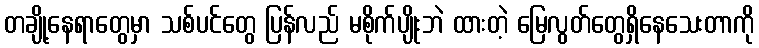
တချို့နေရာတွေမှာ သစ်ပင်တွေ ပြန်လည် မစိုက်ပျိုးဘဲ ထားတဲ့ မြေလွတ်တွေရှိနေသေးတာကို